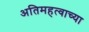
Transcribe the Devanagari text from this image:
अतिमहत्वाच्या